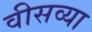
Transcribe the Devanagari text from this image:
वीसव्या